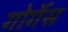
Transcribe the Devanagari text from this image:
गोर्गेस